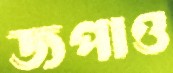
জপাও